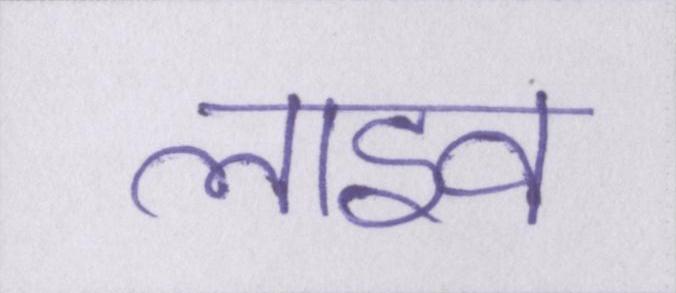
लाइव